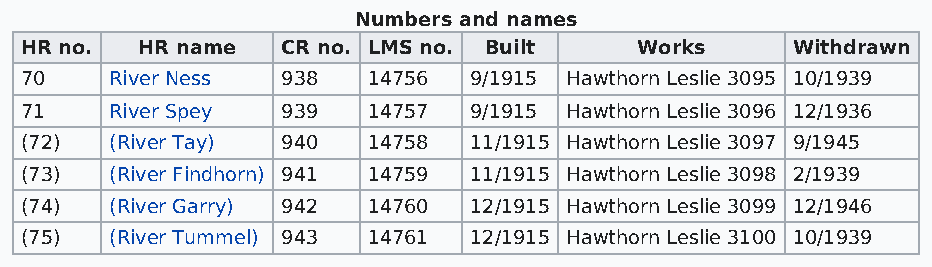
Numbers and names
 HR no.  HR name   CR no. LMS no. Built   Works     Withdrawn
 70    River Ness  938  14756  9/1915 Hawthorn Leslie 3095 10/1939
 71    River Spey  939  14757  9/1915 Hawthorn Leslie 3096 12/1936
 (72)  (River Tay) 940  14758  11/1915 Hawthorn Leslie 3097 9/1945
 (73)  (River Findhorn) 941 14759 11/1915 Hawthorn Leslie 3098 2/1939
 (74)  (River Garry) 942 14760 12/1915 Hawthorn Leslie 3099 12/1946
 (75)  (River Tummel) 943 14761 12/1915 Hawthorn Leslie 3100 10/1939